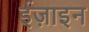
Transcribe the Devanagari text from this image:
ईज़ाइन